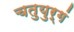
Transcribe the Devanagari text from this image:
चतुयुर्गं